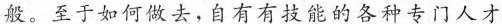
般。至于如何做去，自有有技能的各种专门人才